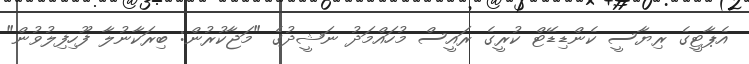
އެޕާޓީގެ ރިޔާސީ ކެންޑިޑޭޓް ކުރީގެ ރައީސް މުހައްމަދު ނަޝީދުގެ "މަޖާކުރުން: ބިރަކާނުލާ ފޫހިފިލުވުން"